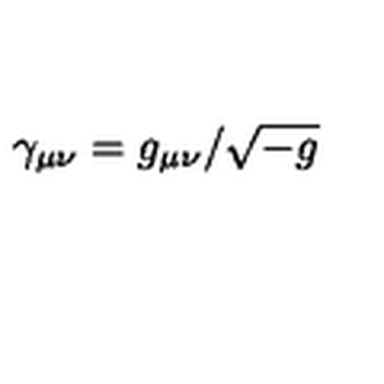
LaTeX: \gamma _ { \mu \nu } = g _ { \mu \nu } / \sqrt { - g }